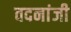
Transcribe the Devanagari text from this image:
वदनांजी